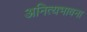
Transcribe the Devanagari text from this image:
अनित्यभावना